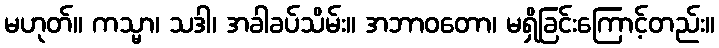
မဟုတ်။ ကသ္မာ၊ သဒါ၊ အခါခပ်သိမ်း။ အဘာဝတော၊ မရှိခြင်းကြောင့်တည်း။